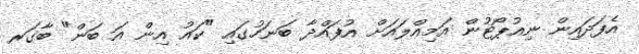
އެފަދައިން ނިއުޕޯޓުން އަމިއްލައަށް އުފައްދާ ބަނަހުގައި "ކައު އިން އަ ބަން" ބާގަރ